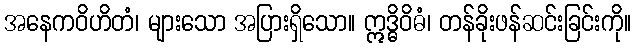
အနေကဝိဟိတံ၊ များသော အပြားရှိသော။ ဣဒ္ဓိဝိဓံ၊ တန်ခိုးဖန်ဆင်းခြင်းကို။